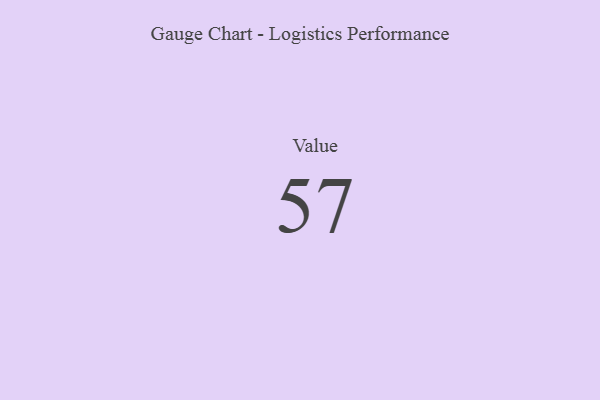
{"axis": {"x": "Metric", "y": "Value"}, "legend": [""], "data": [{"x": "Value", "y": 57, "type": ""}]}